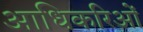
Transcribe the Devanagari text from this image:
आधिकरिओं